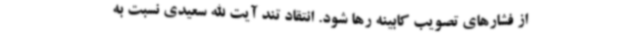
از فشارهای تصویب کابینه رها شود. انتقاد تند آیت الله سعیدی نسبت به